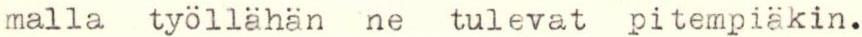
malla työllähän ne tulevat pitempiäkin.